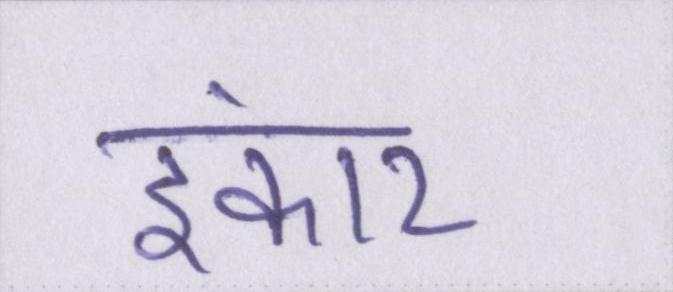
इंकार